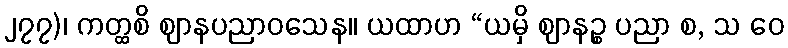
၂၇၇)၊ ကတ္ထစိ ဈာနပညာဝသေန။ ယထာဟ “ယမှိ ဈာနဉ္စ ပညာ စ, သ ဝေ